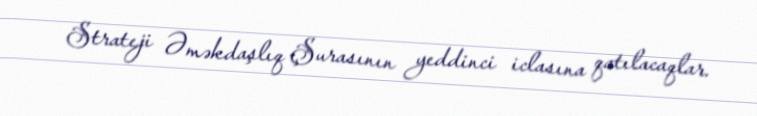
Strateji Əməkdaşlıq Şurasının yeddinci iclasına qatılacaqlar.